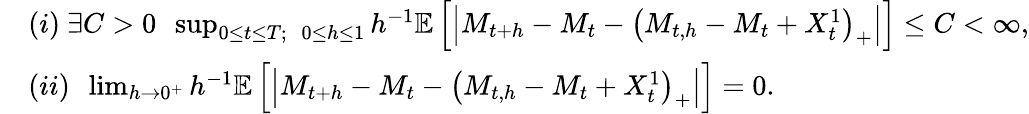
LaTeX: \begin{array}{rl}&{(i)~{\exists C>0}~~\operatorname*{sup}_{0\leq t\leq T;~~~0\leq h\leq 1}h^{-1}\mathbb{E}\left[\left|M_{t+h}-M_{t}-\left(M_{t,h}-M_{t}+X_{t}^{1}\right)_{+}\right|\right]\leq C<\infty,}\\ &{(ii)~~\operatorname*{lim}_{h\rightarrow 0^{+}}h^{-1}\mathbb{E}\left[\left|M_{t+h}-M_{t}-\left(M_{t,h}-M_{t}+X_{t}^{1}\right)_{+}\right|\right]=0.}\end{array}